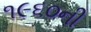
૧૯૬૦ની